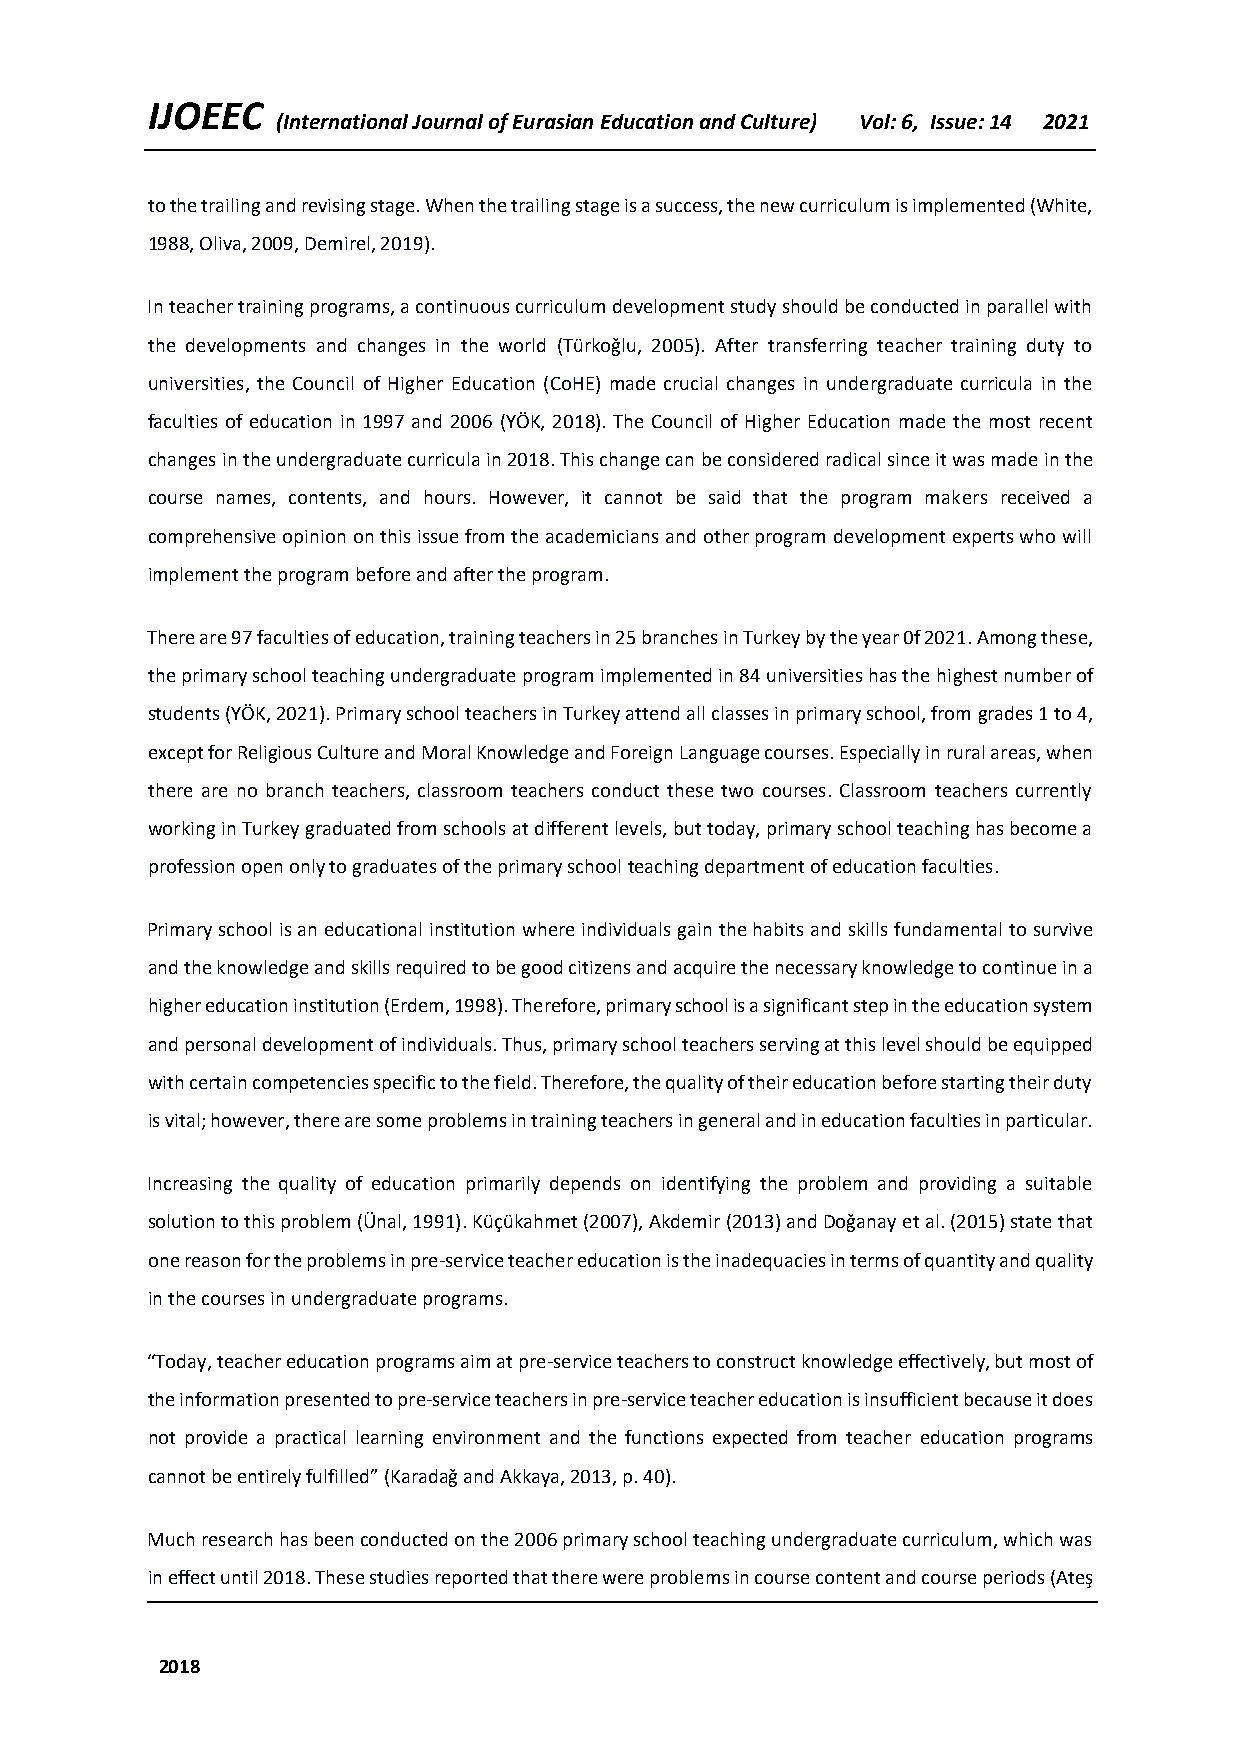
IJOEEC
 (International Journal of Eurasian Education and Culture) Vol: 6, Issue: 14 2021
 to the trailing and revising stage. When the trailing stage is a success, the new curriculum is implemented (White,
 1988, Oliva, 2009, Demirel, 2019).
 In teacher training programs, a continuous curriculum development study should be conducted in parallel with
 the developments and changes in the world (Türkoğlu, 2005). After transferring teacher training duty to
 universities, the Council of Higher Education (CoHE) made crucial changes in undergraduate curricula in the
 faculties of education in 1997 and 2006 (YÖK, 2018). The Council of Higher Education made the most recent
 changes in the undergraduate curricula in 2018. This change can be considered radical since it was made in the
 course names, contents, and hours. However, it cannot be said that the program makers received a
 comprehensive opinion on this issue from the academicians and other program development experts who will
 implement the program before and after the program.
 There are 97 faculties of education, training teachers in 25 branches in Turkey by the year 0f 2021. Among these,
 the primary school teaching undergraduate program implemented in 84 universities has the highest number of
 students (YÖK, 2021). Primary school teachers in Turkey attend all classes in primary school, from grades 1 to 4,
 except for Religious Culture and Moral Knowledge and Foreign Language courses. Especially in rural areas, when
 there are no branch teachers, classroom teachers conduct these two courses. Classroom teachers currently
 working in Turkey graduated from schools at different levels, but today, primary school teaching has become a
 profession open only to graduates of the primary school teaching department of education faculties.
 Primary school is an educational institution where individuals gain the habits and skills fundamental to survive
 and the knowledge and skills required to be good citizens and acquire the necessary knowledge to continue in a
 higher education institution (Erdem, 1998). Therefore, primary school is a significant step in the education system
 and personal development of individuals. Thus, primary school teachers serving at this level should be equipped
 with certain competencies specific to the field. Therefore, the quality of their education before starting their duty
 is vital; however, there are some problems in training teachers in general and in education faculties in particular.
 Increasing the quality of education primarily depends on identifying the problem and providing a suitable
 solution to this problem (Ünal, 1991). Küçükahmet (2007), Akdemir (2013) and Doğanay et al. (2015) state that
 one reason for the problems in pre-service teacher education is the inadequacies in terms of quantity and quality
 in the courses in undergraduate programs.
 “Today, teacher education programs aim at pre-service teachers to construct knowledge effectively, but most of
 the information presented to pre-service teachers in pre-service teacher education is insufficient because it does
 not provide a practical learning environment and the functions expected from teacher education programs
 cannot be entirely fulfilled” (Karadağ and Akkaya, 2013, p. 40).
 Much research has been conducted on the 2006 primary school teaching undergraduate curriculum, which was
 in effect until 2018. These studies reported that there were problems in course content and course periods (Ateş
 2018